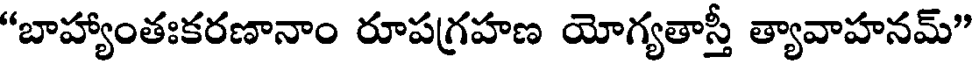
"బాహ్యాంతఃకరణానాం రూపగ్రహణ యోగ్యతాస్తీ త్యావాహనమ్"